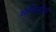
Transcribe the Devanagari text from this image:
भगिनीत्व